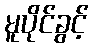
မူပိုင်ခွင့်